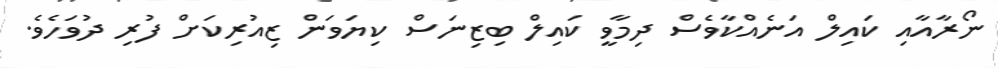
ނޯރާއާއި ކައިލް އަނެއްކާވެސް ދިމާވީ ކައިލް ބިޒިނަސް ކިޔަވަން ޒިއުރިކަށް ފުރި ދުވަހެވެ.